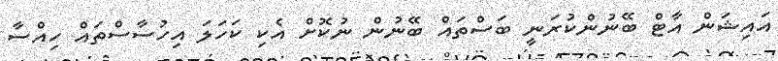
އައިޝަން އާޓް ބޭނުންކުރަނީ ބަސްތައް ބޭނުން ނުކޮށް އެކި ކަހަލަ އިހުސާސްތައް ހިއްސާ